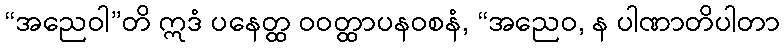
“အညေဝါ”တိ ဣဒံ ပနေတ္ထ ဝဝတ္ထာပနဝစနံ, “အညေဝ, န ပါဏာတိပါတာ